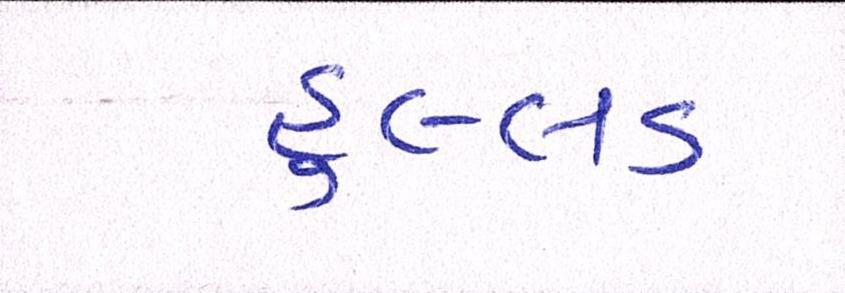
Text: હુલ્લડ